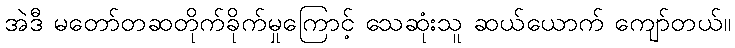
အဲဒီ မတော်တဆတိုက်ခိုက်မှုကြောင့် သေဆုံးသူ ဆယ်ယောက် ကျော်တယ်။